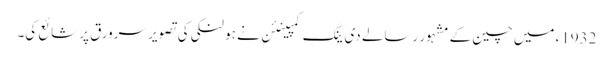
1932ء میں چین کے مشہور رسالے دی ینگ کمپینئن نے ہو لنکی کی تصویر سرورق پر شائع کی۔